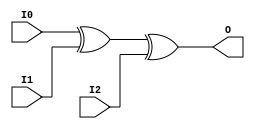
module XOR3 (O, I0, I1, I2);

    output O;

    input  I0, I1, I2;

	xor X1 (O, I0, I1, I2);


endmodule